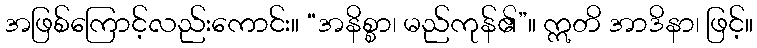
အဖြစ်ကြောင့်လည်းကောင်း။ “အနိစ္စာ၊ မည်ကုန်၏”။ ဣတိ အာဒိနာ၊ ဖြင့်။